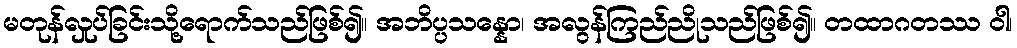
မတုန်လှုပ်ခြင်းသို့ရောက်သည်ဖြစ်၍။ အဘိပ္ပသန္နော၊ အလွန်ကြည်ညိုသည်ဖြစ်၍။ တထာဂတဿ ဝါ၊